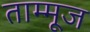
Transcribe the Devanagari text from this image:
ताम्मूज